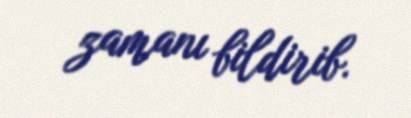
zamanı bildirib.